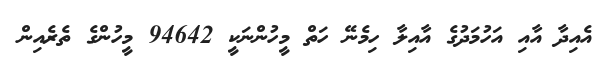
އެއިދާ އާއި އަހުމަދުގެ އާއިލާ ހިމެނޭ ހަތް މީހުންނަކީ 94642 މީހުންގެ ތެރެއިން